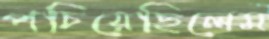
পচিয়েছিলেম